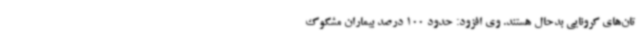
تان‌های کرونایی بدحال هستند. وی افزود: حدود 100 درصد بیماران مشکوک‌